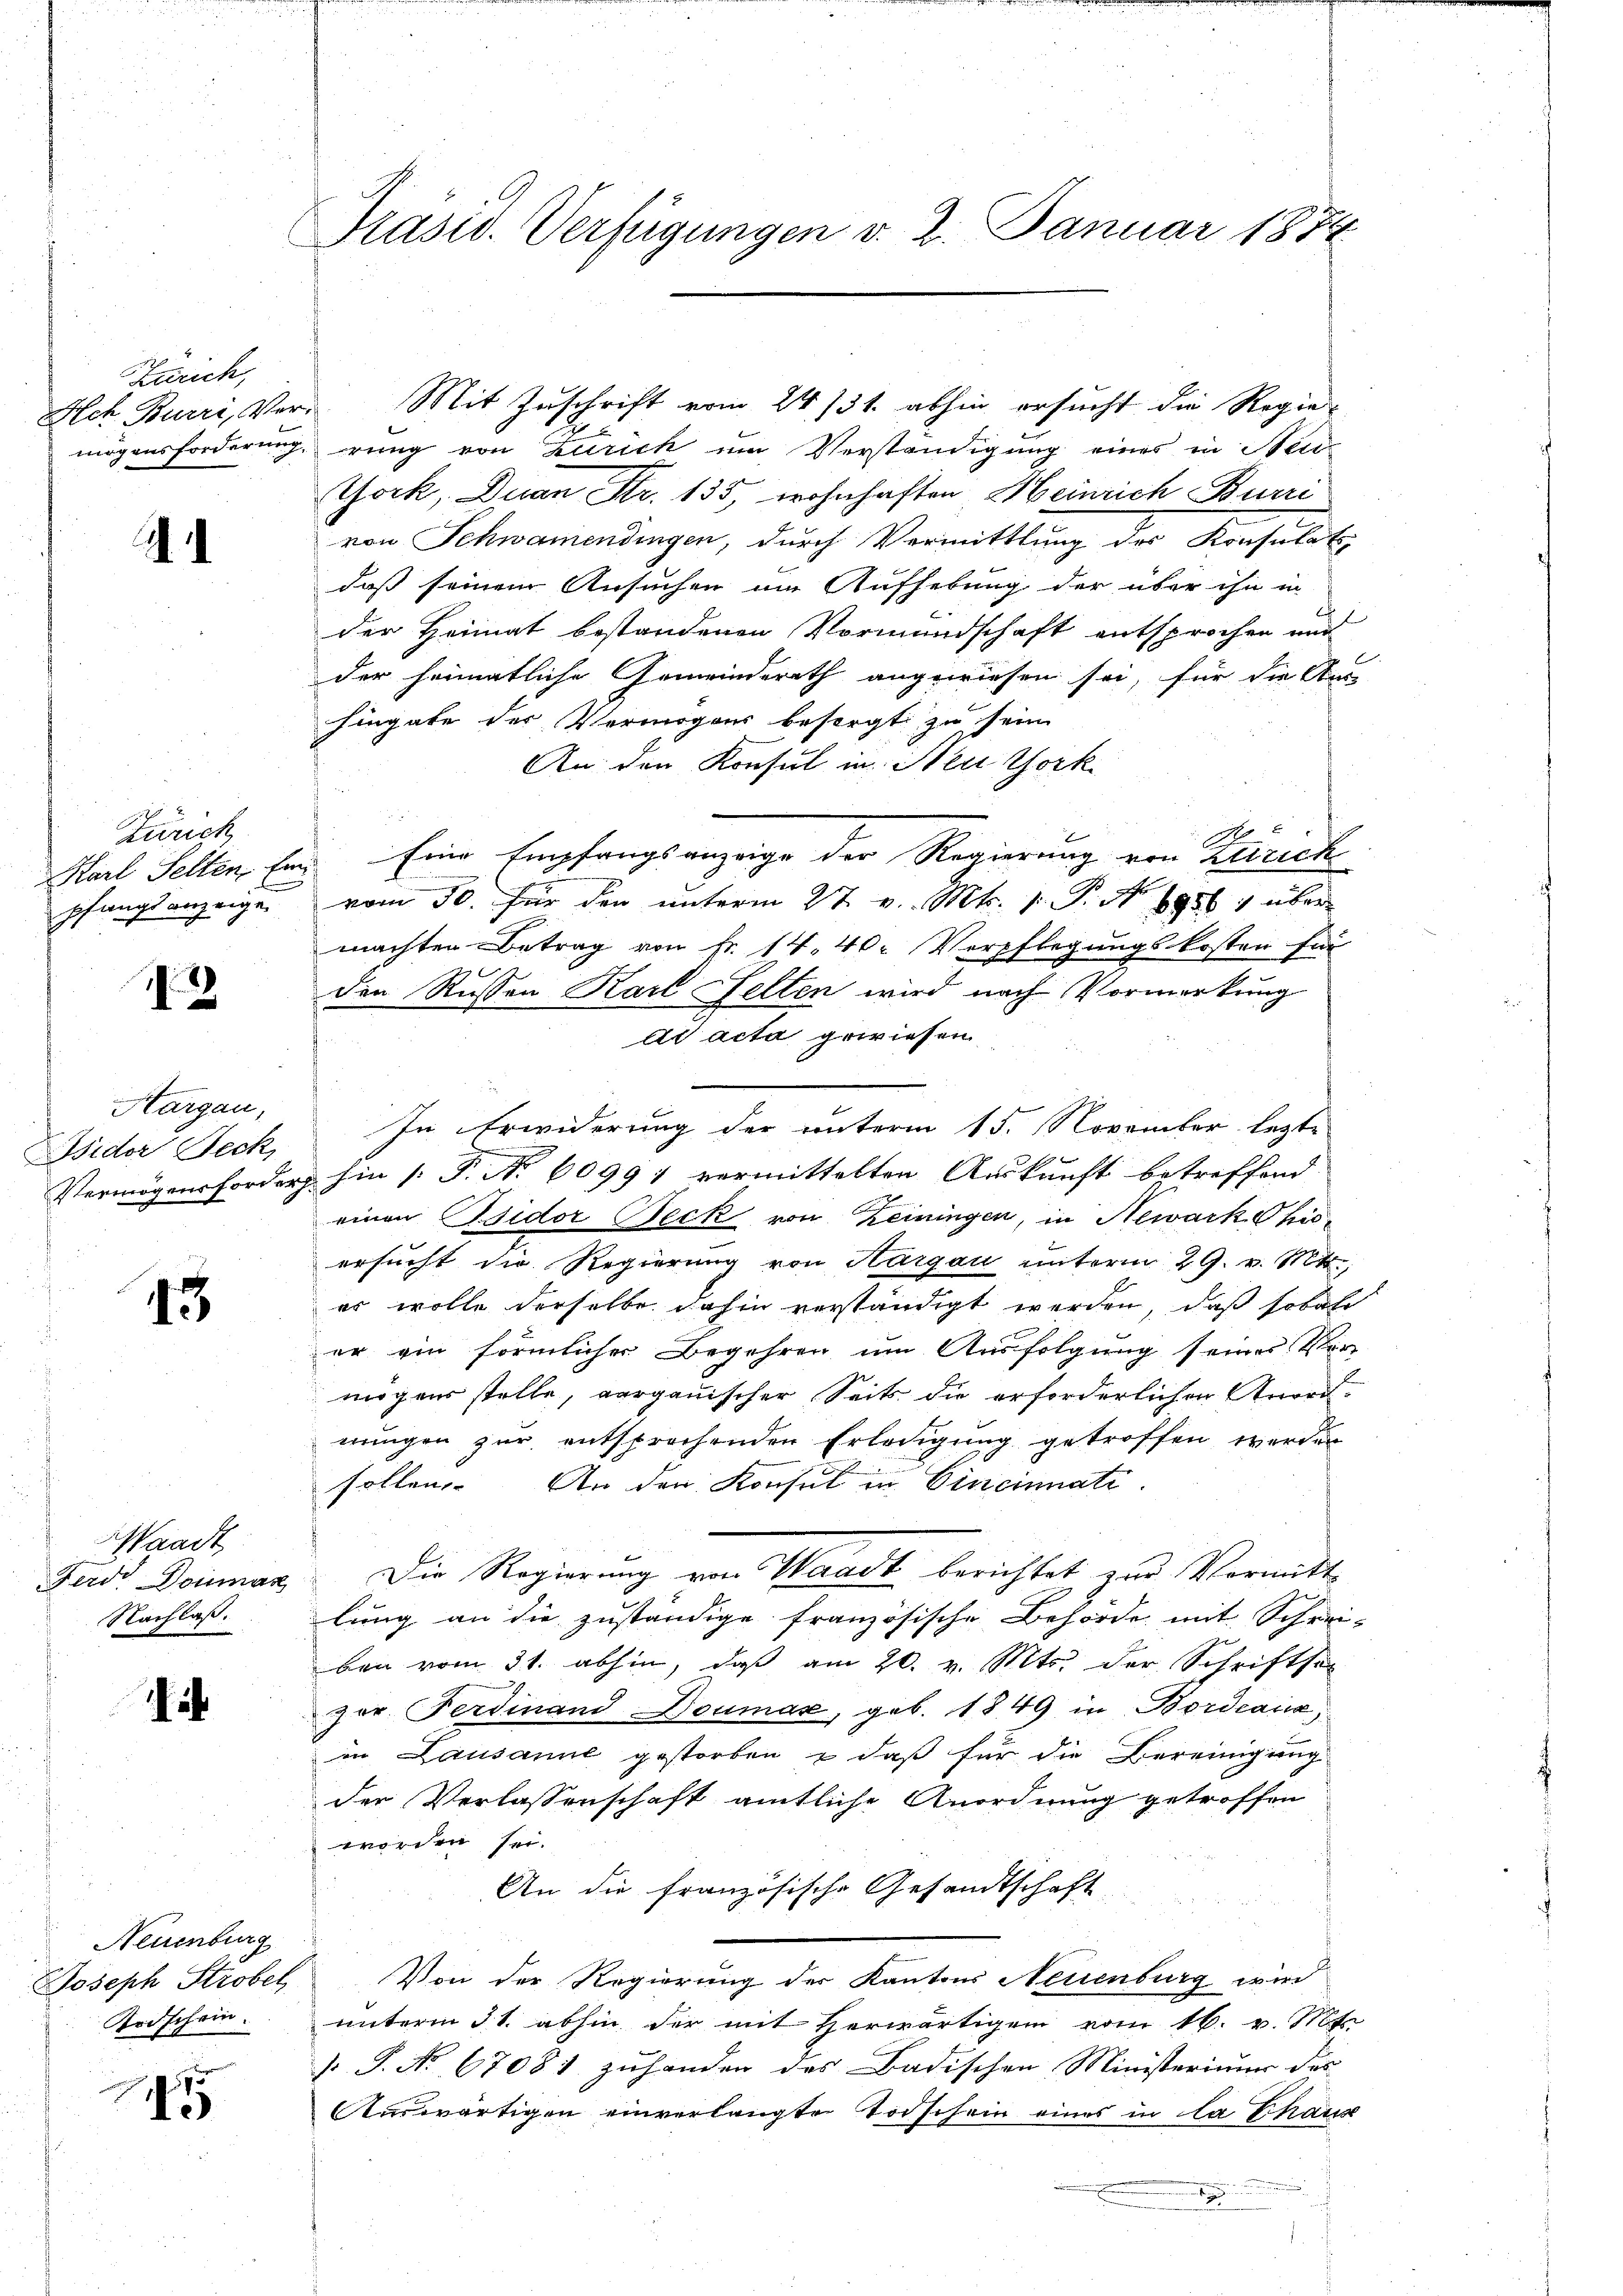
Zürich,
Ach Burri, Vermögensforderung

d

Zürich
Karl Selten Ein
pfangs anzeige

2

Hargau,
Bsidor Beck,
Vermögensforder

45

Waadt,
Ferde Douan
Nachlaß.

Neuenburg
Joseph Strobel
Ardschein.

4

Präsid. Verfügungen v. 2. Januar 1874.

Mit Zuschrift vom 24. 131. abhin ersucht die Regie-
rung von Zürich um Verständigung eines in Steu¬
York, Duan Fr. 135, wohnhaften Meinrich Burre
von Schwamendingen, durch Vermittlung der Konsulats,
daß seinem Ansuchen im Aufhebung der über ihn in
de
der Heimat bestandenen Vormundschaft entsprochen und
der heimatliche Gemeinderath angewiesen sei, für die Aus-
hingabe der Vermögens besorgt zu sein
An den Konsul in Neu York
Eine Empfangsanzeige der Regierung von Zürich
vom 30. für den unterm 27. v. Mts. 1. P. N 1956 über
machten Betrag von Fr. 14. 40. Verpflegungskosten für
den Russen Karl Felten wird nach Vormerkung
ad acta gewiesen.
In Erwiderung der unterm 15. November lezte
hin [P. No 60991 vermittelten Auskunft betreffend
einen Bsidor Beck von Zeiningen, in Newark Chisersucht die Regierŭng von Aargau unterm 29. v. Mtt.,
er wolle derselbe dahin verständigt werden, daß sobald
er ein förmlicher Begehren um Ausfolgung seines Ver-
mögens stelle, aargauischer Seits die erforderlichen Anordnungen zur entsprochenden Erledigung getroffen werden
sollen. An den Konsul in Cincinati
Die Regierung von Waadt berichtet zur Vermitt-
lung an die zuständige französische Behörde mit Schrei-
ben vom 31. abhin, daß am 20. v. Mts. der Schriftser
por Ferdinand Doumaz, geb. 1849 in Bordeaux,
in Lausanne gestorben & daß für die Bereinigung
der Verlassenschaft amtliche Anordnung getroffen
worden sei.
An die französische Gesandtschaft
Von der Regierung der Kantons Neuenburg wird
unterm 31. abhin der mit herwärtigen vom 16. v. Mts.
 P. Nr. 67081 zuhanden des Badischen Ministeriums des
Auswärtigen einverlangte Todschein eines in la Schaus